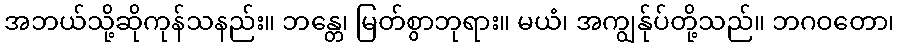
အဘယ်သို့ဆိုကုန်သနည်း။ ဘန္တေ၊ မြတ်စွာဘုရား။ မယံ၊ အကျွန်ုပ်တို့သည်။ ဘဂဝတော၊